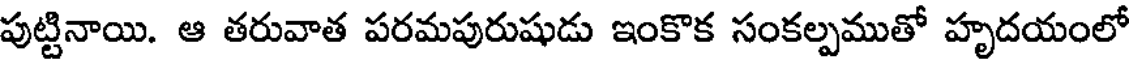
పుట్టినాయి. ఆ తరువాత పరమపురుషుడు ఇంకొక సంకల్పముతో హృదయంలో